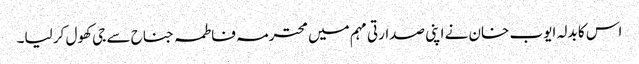
اس کا بدلہ ایوب خان نے اپنی صدارتی مہم میں محترمہ فاطمہ جناح سے جی کھول کر لیا۔